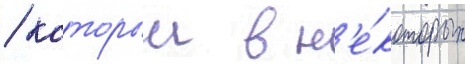
/ которыи в н'е́которых